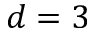
d = 3